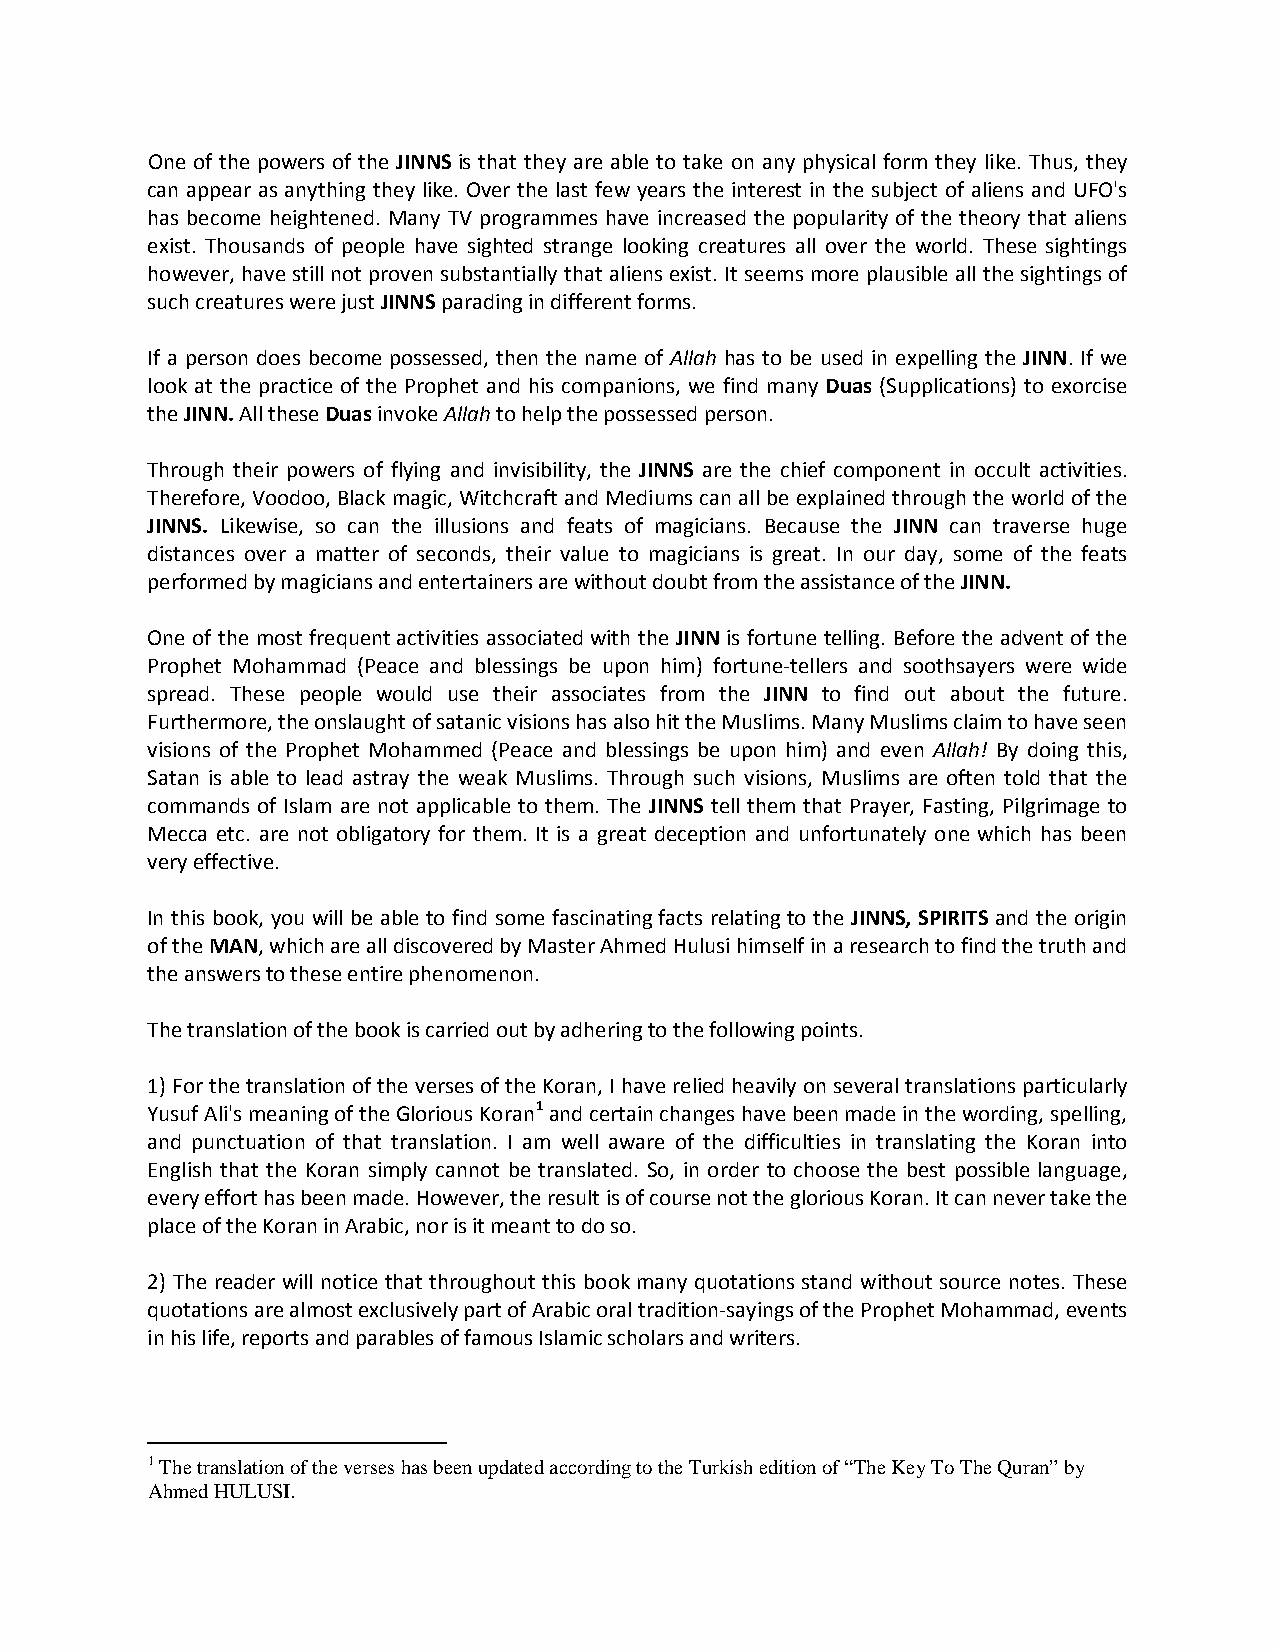
One of the powers of the JINNS is that they are able to take on any physical form they like. Thus, they
 can appear as anything they like. Over the last few years the interest in the subject of aliens and UFO's
 has become heightened. Many TV programmes have increased the popularity of the theory that aliens
 exist. Thousands of people have sighted strange looking creatures all over the world. These sightings
 however, have still not proven substantially that aliens exist. It seems more plausible all the sightings of
 such creatures were just JINNS parading in different forms.
 If a person does become possessed, then the name of Allah has to be used in expelling the JINN. If we
 look at the practice of the Prophet and his companions, we find many Duas (Supplications) to exorcise
 the JINN. All these Duas invoke Allah to help the possessed person.
 Through their powers of flying and invisibility, the JINNS are the chief component in occult activities.
 Therefore, Voodoo, Black magic, Witchcraft and Mediums can all be explained through the world of the
 JINNS. Likewise, so can the illusions and feats of magicians. Because the JINN can traverse huge
 distances over a matter of seconds, their value to magicians is great. In our day, some of the feats
 performed by magicians and entertainers are without doubt from the assistance of the JINN.
 One of the most frequent activities associated with the JINN is fortune telling. Before the advent of the
 Prophet Mohammad (Peace and blessings be upon him) fortune-tellers and soothsayers were wide
 spread. These people would use their associates from the JINN to find out about the future.
 Furthermore, the onslaught of satanic visions has also hit the Muslims. Many Muslims claim to have seen
 visions of the Prophet Mohammed (Peace and blessings be upon him) and even Allah! By doing this,
 Satan is able to lead astray the weak Muslims. Through such visions, Muslims are often told that the
 commands of Islam are not applicable to them. The JINNS tell them that Prayer, Fasting, Pilgrimage to
 Mecca etc. are not obligatory for them. It is a great deception and unfortunately one which has been
 very effective.
 In this book, you will be able to find some fascinating facts relating to the JINNS, SPIRITS and the origin
 of the MAN, which are all discovered by Master Ahmed Hulusi himself in a research to find the truth and
 the answers to these entire phenomenon.
 The translation of the book is carried out by adhering to the following points.
 1) For the translation of the verses of the Koran, I have relied heavily on several translations particularly
 Yusuf Ali's meaning of the Glorious Koran1 and certain changes have been made in the wording, spelling,
 and punctuation of that translation. I am well aware of the difficulties in translating the Koran into
 English that the Koran simply cannot be translated. So, in order to choose the best possible language,
 every effort has been made. However, the result is of course not the glorious Koran. It can never take the
 place of the Koran in Arabic, nor is it meant to do so.
 2) The reader will notice that throughout this book many quotations stand without source notes. These
 quotations are almost exclusively part of Arabic oral tradition-sayings of the Prophet Mohammad, events
 in his life, reports and parables of famous Islamic scholars and writers.
 1 The translation of the verses has been updated according to the Turkish edition of “The Key To The Quran” by
 Ahmed HULUSI.